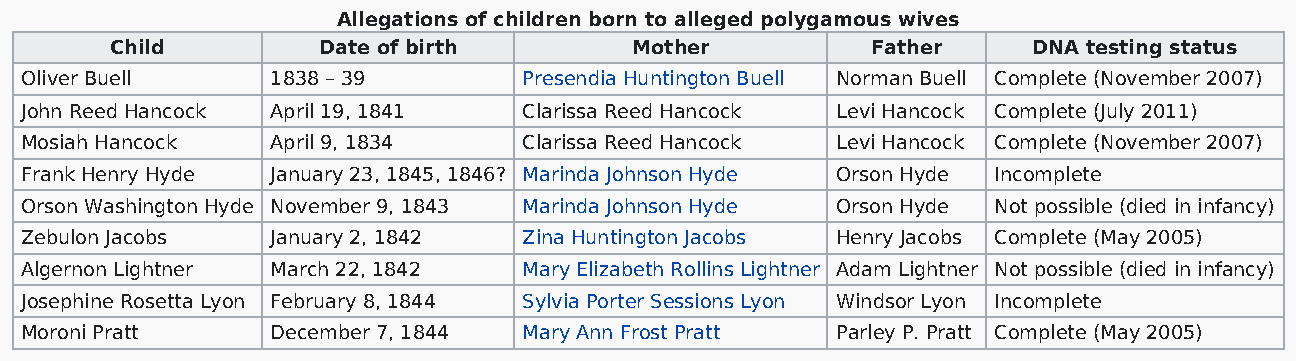
Allegations of children born to alleged polygamous wives
 Child         Date of birth        Mother          Father    DNA testing status
 Oliver Buell     1838 – 39        Presendia Huntington Buell Norman Buell Complete (November 2007)
 John Reed Hancock April 19, 1841  Clarissa Reed Hancock Levi Hancock Complete (July 2011)
 Mosiah Hancock   April 9, 1834    Clarissa Reed Hancock Levi Hancock Complete (November 2007)
 Frank Henry Hyde January 23, 1845, 1846? Marinda Johnson Hyde Orson Hyde Incomplete
 Orson Washington Hyde November 9, 1843 Marinda Johnson Hyde Orson Hyde Not possible (died in infancy)
 Zebulon Jacobs   January 2, 1842  Zina Huntington Jacobs Henry Jacobs Complete (May 2005)
 Algernon Lightner March 22, 1842  Mary Elizabeth Rollins Lightner Adam Lightner Not possible (died in infancy)
 Josephine Rosetta Lyon February 8, 1844 Sylvia Porter Sessions Lyon Windsor Lyon Incomplete
 Moroni Pratt     December 7, 1844 Mary Ann Frost Pratt Parley P. Pratt Complete (May 2005)